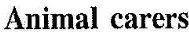
Animal carcrs